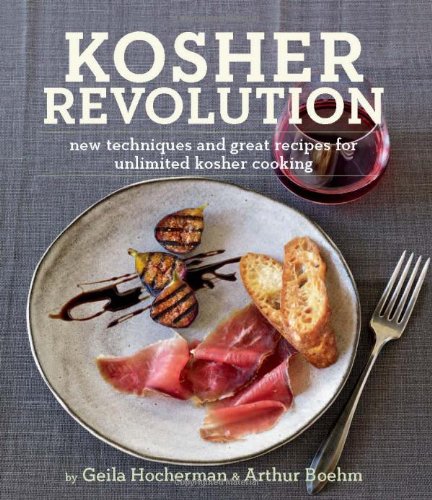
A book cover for Kosher Revolution: New Techniques and Great Recipes for Unlimited Kosher Cooking; Geila Hocherman; Cookbooks, Food & Wine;